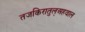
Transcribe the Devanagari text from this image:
तजकिरातुल्अहवाल